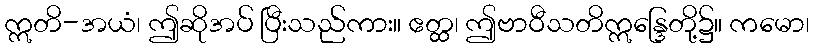
ဣတိ-အယံ၊ ဤဆိုအပ် ပြီးသည်ကား။ ဧတ္ထ၊ ဤဗာဝီသတိဣန္ဒြေတို့၌။ ကမော၊